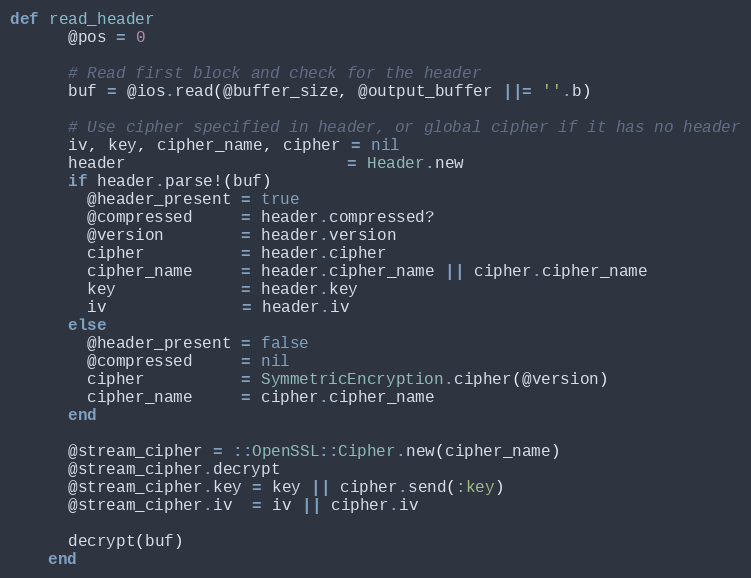
Language: Ruby
def read_header
      @pos = 0

      # Read first block and check for the header
      buf = @ios.read(@buffer_size, @output_buffer ||= ''.b)

      # Use cipher specified in header, or global cipher if it has no header
      iv, key, cipher_name, cipher = nil
      header                       = Header.new
      if header.parse!(buf)
        @header_present = true
        @compressed     = header.compressed?
        @version        = header.version
        cipher          = header.cipher
        cipher_name     = header.cipher_name || cipher.cipher_name
        key             = header.key
        iv              = header.iv
      else
        @header_present = false
        @compressed     = nil
        cipher          = SymmetricEncryption.cipher(@version)
        cipher_name     = cipher.cipher_name
      end

      @stream_cipher = ::OpenSSL::Cipher.new(cipher_name)
      @stream_cipher.decrypt
      @stream_cipher.key = key || cipher.send(:key)
      @stream_cipher.iv  = iv || cipher.iv

      decrypt(buf)
    end